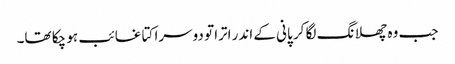
جب وہ چھلانگ لگا کر پانی کے اندر اترا تو دوسرا کتا غائب ہو چکا تھا۔